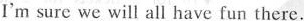
I'm sure we will all have fun there.